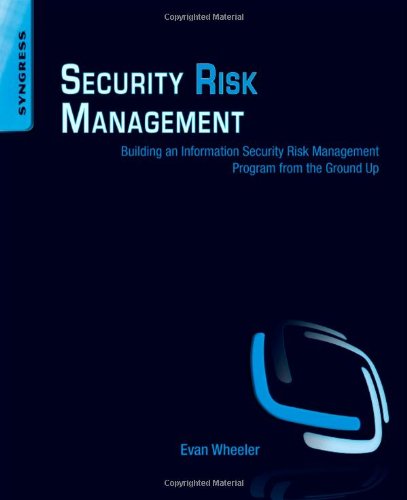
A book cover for Security Risk Management: Building an Information Security Risk Management Program from the Ground Up; Evan Wheeler; Computers & Technology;